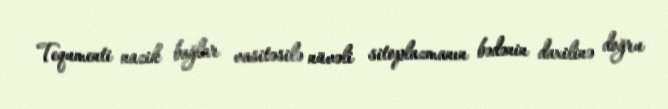
Tequmenti nazik bağlar vasitəsilə nüvəli sitoplazmanın bədənin daxilinə doğru